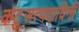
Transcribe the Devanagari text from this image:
कटुसत्यवादिनी